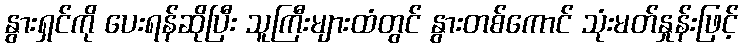
နွားရှင်ကို ပေးရန်ဆိုပြီး သူကြီးများထံတွင် နွားတစ်ကောင် သုံးမတ်နှုန်းဖြင့်